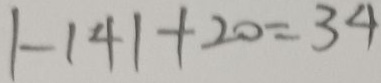
\vert - 1 4 \vert + 2 0 = 3 4